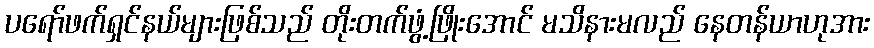
ပရော်ဖက်ရှင်နယ်များဖြစ်သည် တိုးတက်ဖွံ့ဖြိုးအောင် မသိနားမလည် နေတန်ယာဟုအား